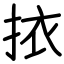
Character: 挔